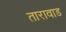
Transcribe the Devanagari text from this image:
तारावाड